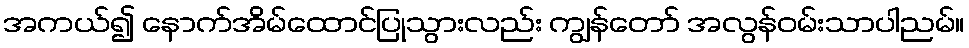
အကယ်၍ နောက်အိမ်ထောင်ပြုသွားလည်း ကျွန်တော် အလွန်ဝမ်းသာပါညမ်။